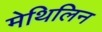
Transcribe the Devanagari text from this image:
मेथिलिन